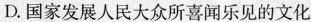
D.国家发展人民大众所喜闻乐见的文化